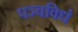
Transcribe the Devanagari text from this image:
पञ्चविधं